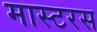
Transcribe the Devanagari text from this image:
मास्टरस